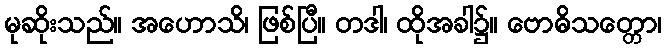
မုဆိုးသည်။ အဟောသိ၊ ဖြစ်ပြီ။ တဒါ၊ ထိုအခါ၌။ ဗောဓိသတ္တော၊